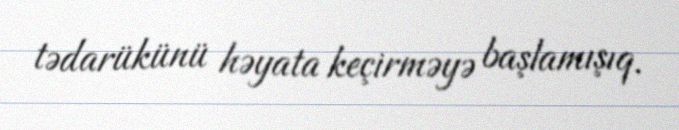
tədarükünü həyata keçirməyə başlamışıq.